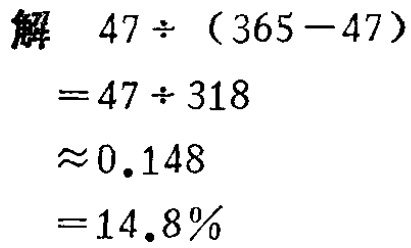
\[

\begin{align*}

&解\quad47\div(365 - 47)\\

=&47\div318\\

\approx&0.148\\

=&14.8\%

\end{align*}

\]